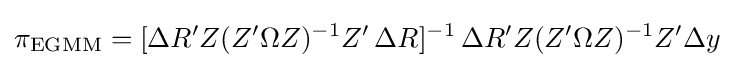
\pi _{\text{EGMM}}=[\Delta R'Z(Z'\Omega Z)^{-1}Z'\,\Delta R]^{-1}\,\Delta R'Z(Z'\Omega Z)^{-1}Z'\Delta y